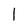
Character: l